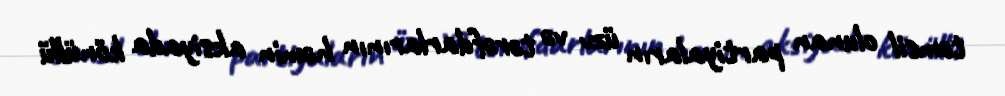
təmsil olunan partiyaların üzv və tərəfdarlarının həmin aksiyada könüllü